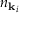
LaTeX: n _ { { \mathbf { k } } _ { i } }